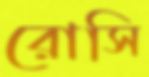
রোসি